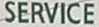
SERVICE